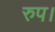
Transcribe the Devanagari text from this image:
रुप।